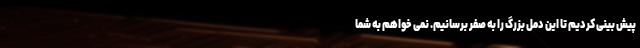
پیش بینی کردیم تا این دمل بزرگ را به صفر برسانیم. نمی خواهم به شما